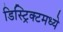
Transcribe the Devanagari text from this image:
डिस्ट्रिक्टमध्ये